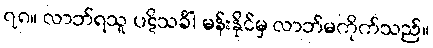
၇၈။ လာဘ်ရသူ ပဋိသင်္ခါ မန်းနိုင်မှ လာဘ်မကိုက်သည်။